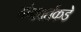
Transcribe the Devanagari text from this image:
गंगावर्तकडे